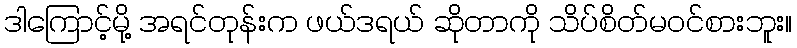
ဒါကြောင့်မို့ အရင်တုန်းက ဖယ်ဒရယ် ဆိုတာကို သိပ်စိတ်မဝင်စားဘူး။